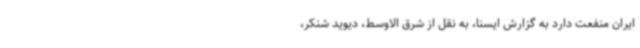
ایران منفعت دارد به گزارش ایسنا، به نقل از شرق الاوسط، دیوید شنکر،